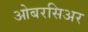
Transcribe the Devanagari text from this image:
ओबरसिअर